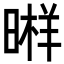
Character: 𣉫